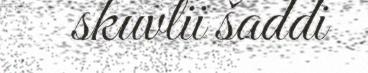
skuvlii šaddi